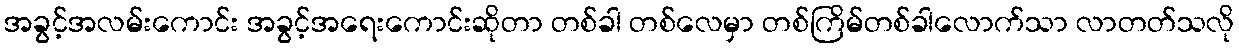
အခွင့်အလမ်းကောင်း အခွင့်အရေးကောင်းဆိုတာ တစ်ခါ တစ်လေမှာ တစ်ကြိမ်တစ်ခါလောက်သာ လာတတ်သလို